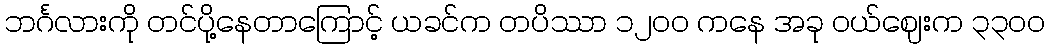
ဘင်္ဂလားကို တင်ပို့နေတာကြောင့် ယခင်က တပိဿာ ၁၂၀၀ ကနေ အခု ဝယ်ဈေးက ၃၃၀၀